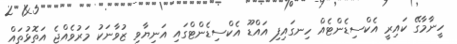
ހީނާމާގޭ ކައިރީ އެކްސިޑެންޓެއް ހިނގައިފި އައްޑޫ އެކްސިޑެންޓްގައި އަނިޔާވި ޒުވާނަކު މަރުވެއްޖެ އަތޮޅުތައް